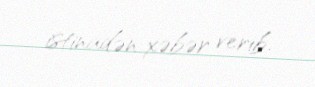
istinadən xəbər verib.